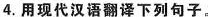
4.用现代汉语翻译下列句子。